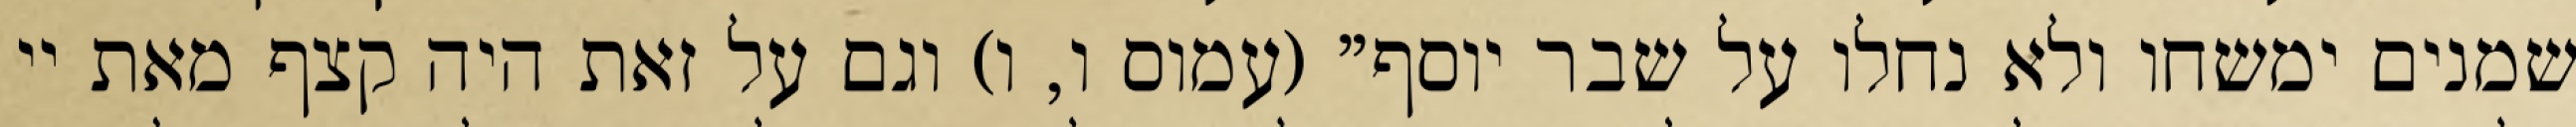
שמנים ימשחו ולא נחלו על שבר יוסף" (עמוס ו, ו) וגם על זאת היה קצף מאת יי